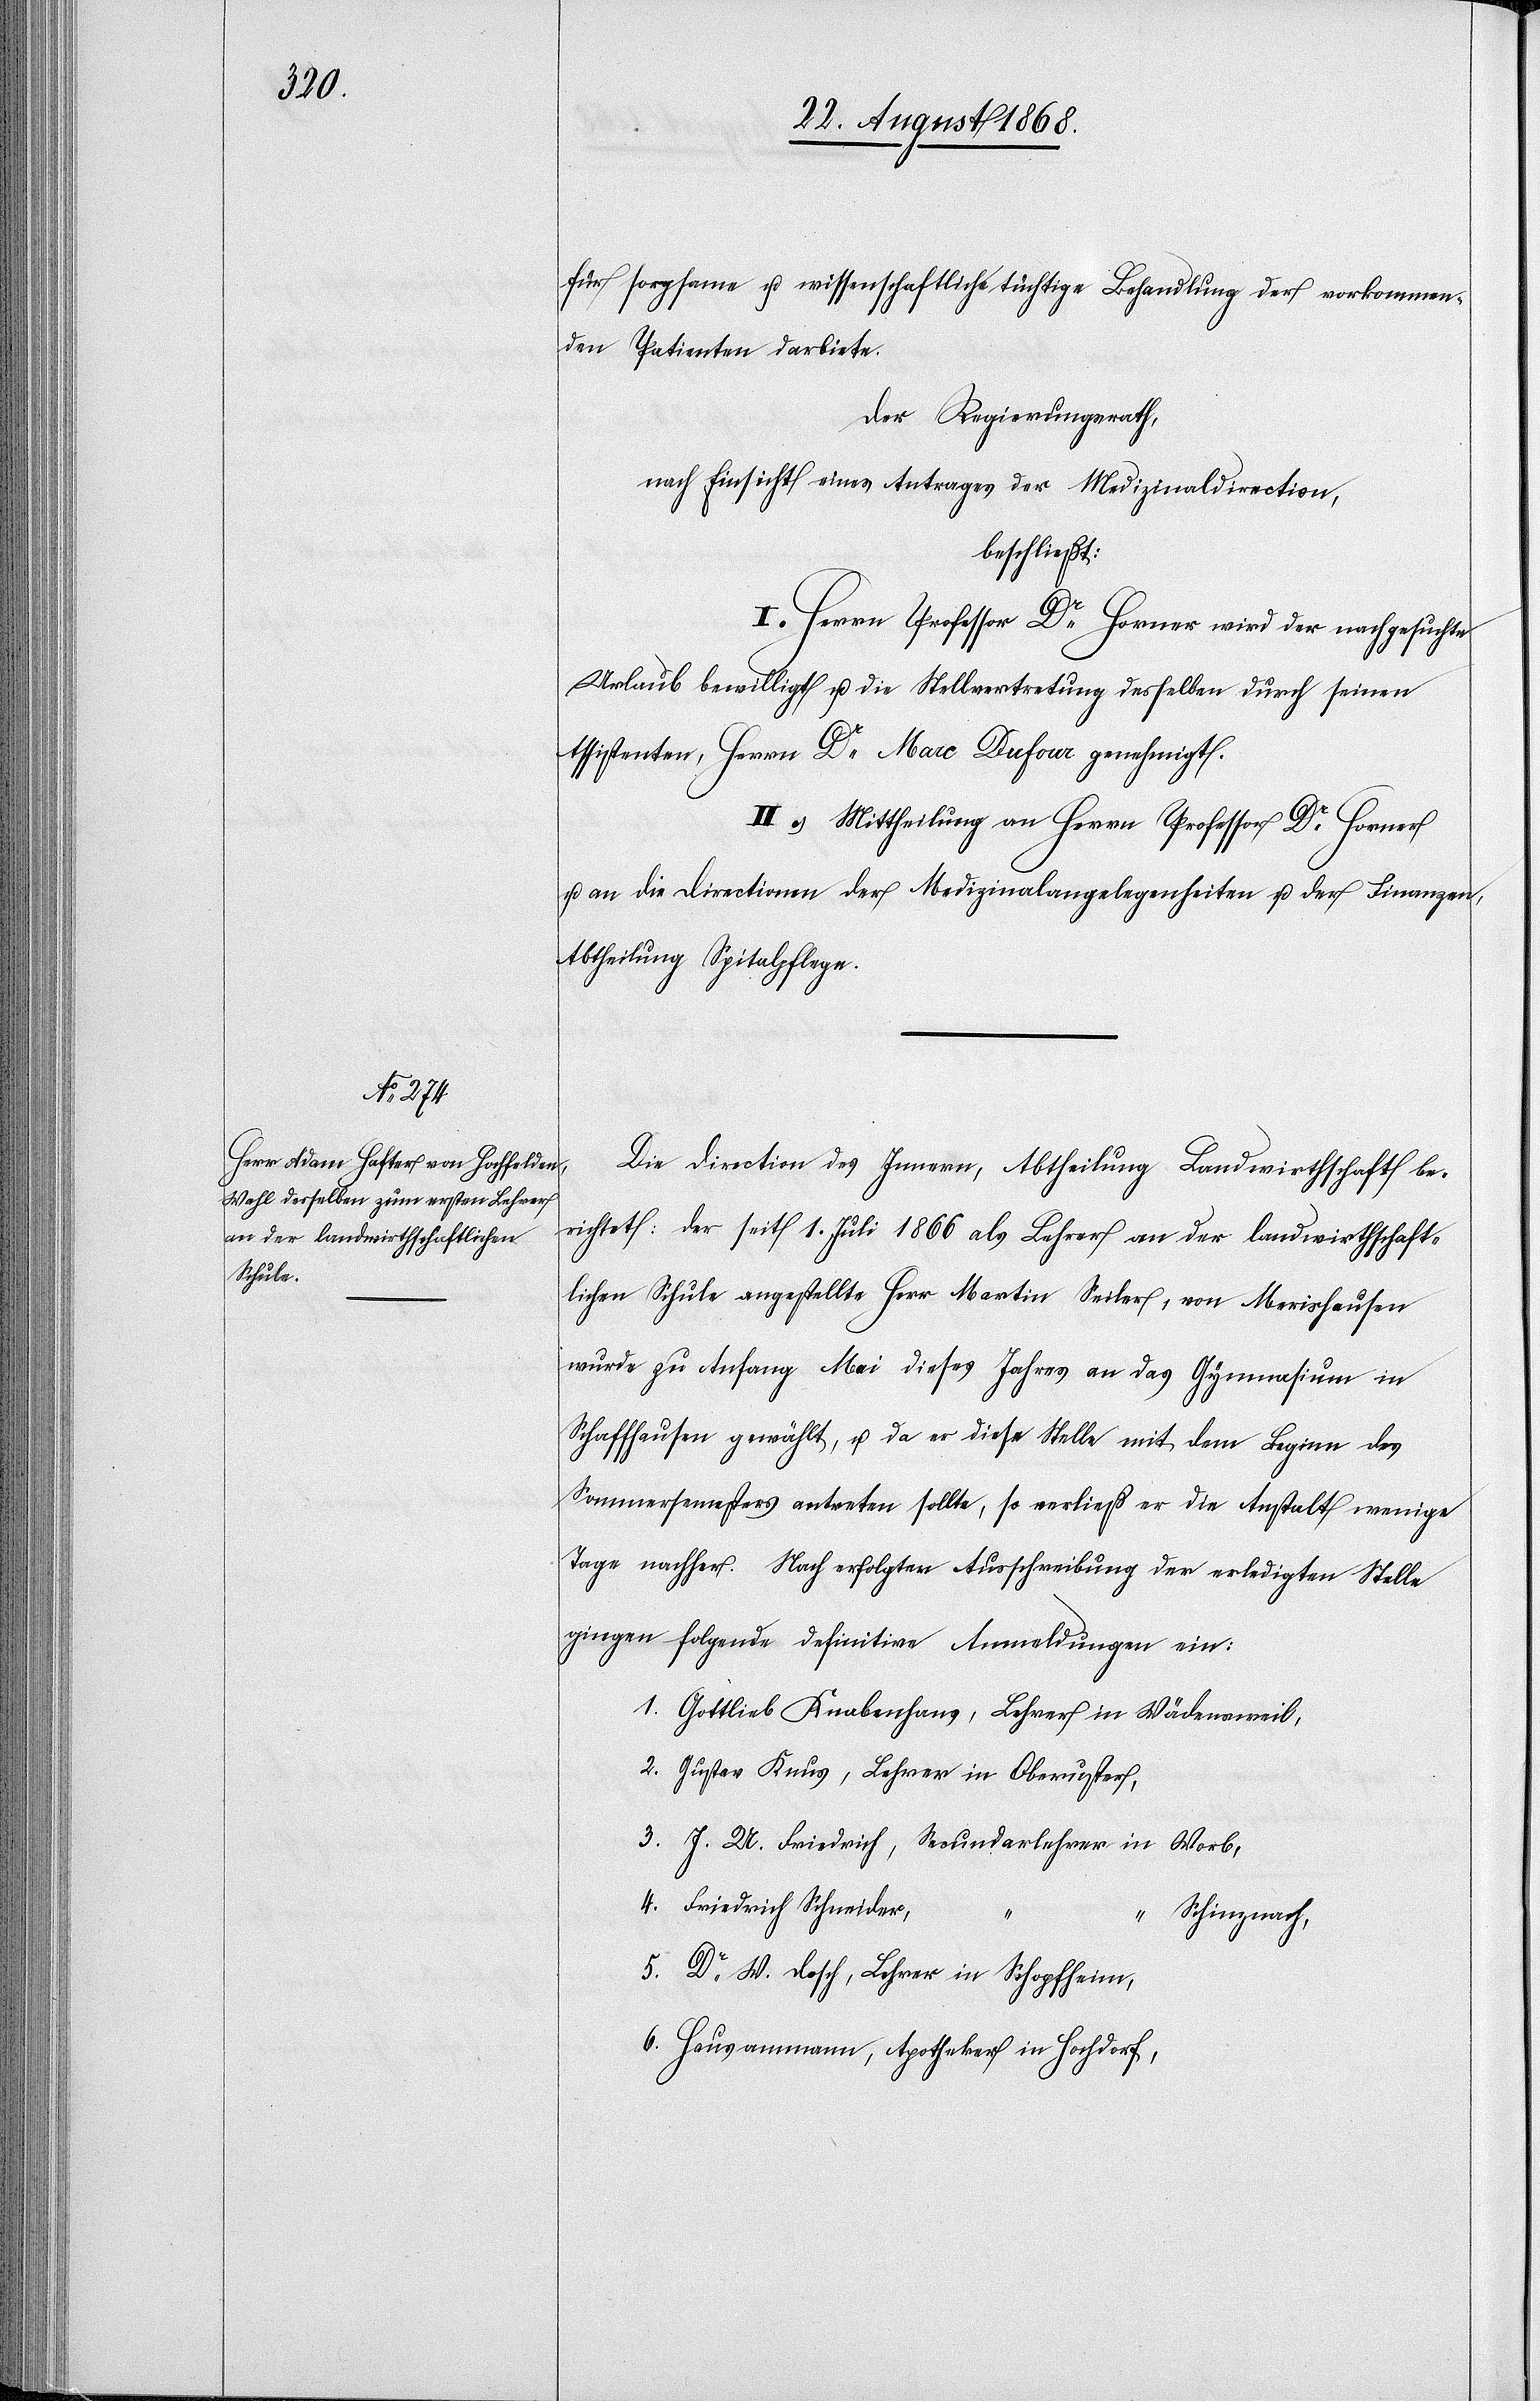
für sorgsame u. wissenschaftliche tüchtige Behandlung der vorkommen¬
den Patienten darbiete.
Der Regierungsrath,
nach Einsicht eines Antrages der Medizinaldirection,
beschließt:
I. Herrn Professor Dr Horner wird der nachgesuchte
Urlaub bewilligt u. die Stellvertretung desselben durch seinen
Assistenten, Herrn Dr Marc Dufour genehmigt.
II. Mittheilung an Herrn Professor Dr Horner
u. an die Directionen der Medizinalangelegenheiten u. der Finanzen,
Abtheilung Spitalpflege.
Die Direction des Innern, Abtheilung Landwirthschaft be¬
richtet: der seit 1. Juli 1866 als Lehrer an der landwirthschaft¬
lichen Schule angestellte Herr Martin Seiler, von Merishausen
wurde zu Anfang Mai dieses Jahres an das Gymnasium in
Schaffhausen gewählt, u. da er diese Stelle mit dem Beginn des
Sommersemesters antreten sollte, so verließ er die Anstalt wenige
Tage nachher. Nach erfolgter Ausschreibung der erledigten Stelle
gingen folgende definitive Anmeldungen ein:
Gottlieb Knabenhans, Lehrer in Wädensweil,
Gustav Knus, Lehrer in Oberuster,
J. U. Friedrich, Secundarlehrer in Worb,
Friedrich Schneider,
Schinznach,
Dr W. Dosch, Lehrer in Schopfheim,
Hausammann, Apotheker in Hochdorf,